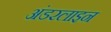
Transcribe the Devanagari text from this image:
अंडरलाइन